Annual report on the lock hospitals of the Madras Presidency
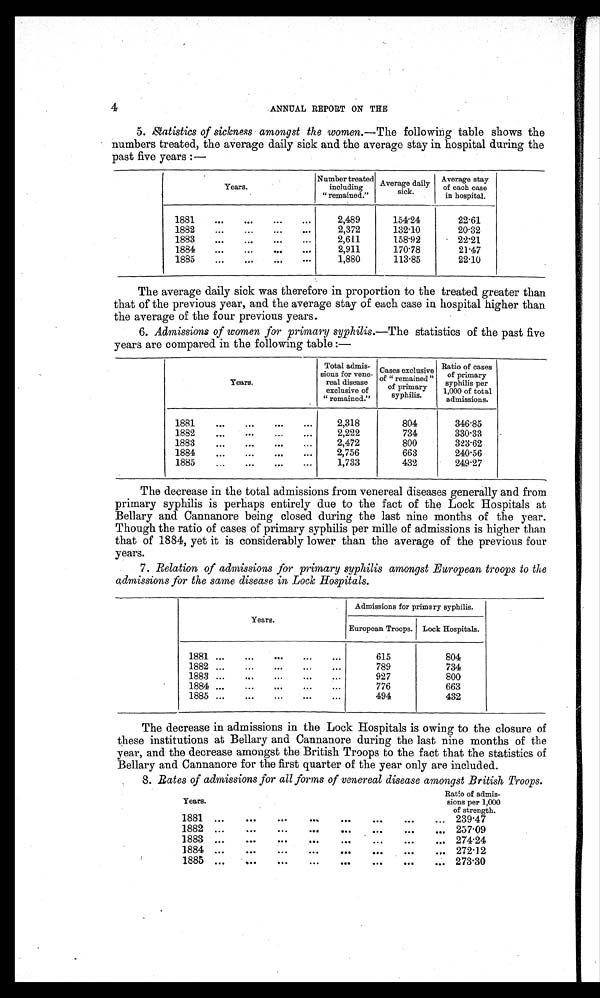
4
ANNUAL REPORT ON THE
5. Statistics of sickness amongst the women.— The following table shows the
numbers treated, the average daily sick and the average stay in hospital during the
past five years :—
Years.
Number treated
including
"remained."
Average daily
sick.
Average stay
of each case
in hospital.
1881
...
...
...
...
2,489
154·24
22·61
1882
...
...
...
...
2,372
132·10
20·32
1883
...
...
...
...
2,611
158·92
22·21
1884
...
...
...
...
2,911
170·78
21·47
1885
...
...
...
. . .
1,880
113·85
22·10
The average daily sick was therefore in proportion to the treated greater than
that of the previous year, and the average stay of each case in hospital higher than
the average of the four previous years.
6. Admissions of women for primary syphilis.—The statistics of the past five
years are compared in the following table :—
Years.
Total admis-
sions for vene-
real disease
exclusive of
" remained."
Cases exclusive
of "remained"
primary
syphilis.
Ratio of cases
of primary
syphilis per
1,000 of total
admissions.
1881
...
...
...
...
2,318
804
346·85
1882
...
...
...
...
2,222
734
330·33
1883
...
...
...
. . .
2,472
800
323·62
1884
...
...
...
...
2,756
663
240·56
1885
...
...
...
...
1,733
432
249·27
The decrease in the total admissions from venereal diseases generally and from
primary syphilis is perhaps entirely due to the fact of the Lock Hospitals at
Bellary and Cannanore being closed during the last nine months of the year.
Though the ratio of cases of primary syphilis per mille of admissions is higher than
that of 1884, yet it is considerably lower than the average of the previous four
years.
7. Relation of admissions for primary syphilis amongst European troops to the
admissions for the same disease in Lock Hospitals.
Years.
Admissions for primary syphilis.
European Troops.
Lock Hospitals.
1881 ...
...
...
...
...
615
804
1882
...
...
...
789
734
1883
...
...
...
...
927
800
1884
...
...
...
...
776
663
1885
...
...
...
...
494
432
The decrease in admissions in the Lock Hospitals is owing to the closure of
these institutions at Bellary and Cannanore during the last nine months of the
year, and the decrease amongst the British Troops to the fact that the statistics of
Bellary and Cannanore for the first quarter of the year only are included.
8. Rates of admissions for all forms of venereal disease amongst British Troops.
Years.
Ratio of admis-
sions per 1,000
of strength.
1881 ...
...
...
...
...
...
...
... 239·47
1882 ...
...
...
...
. . . ...
...
. . .
257·09
1883 ...
...
...
...
...
...
... ... 274·24
1884 ...
... ...
...
...
...
...
. . . 272·12
1885 ...
...
... ...
...
...
...
... 273·30